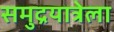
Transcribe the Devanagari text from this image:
समुद्रयात्रेला